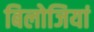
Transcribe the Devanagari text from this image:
बिलोजियां